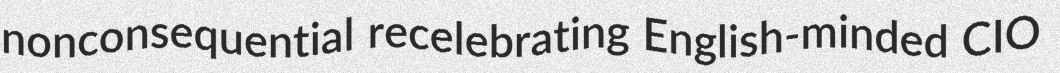
nonconsequential recelebrating English-minded CIO